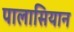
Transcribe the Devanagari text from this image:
पालासियान